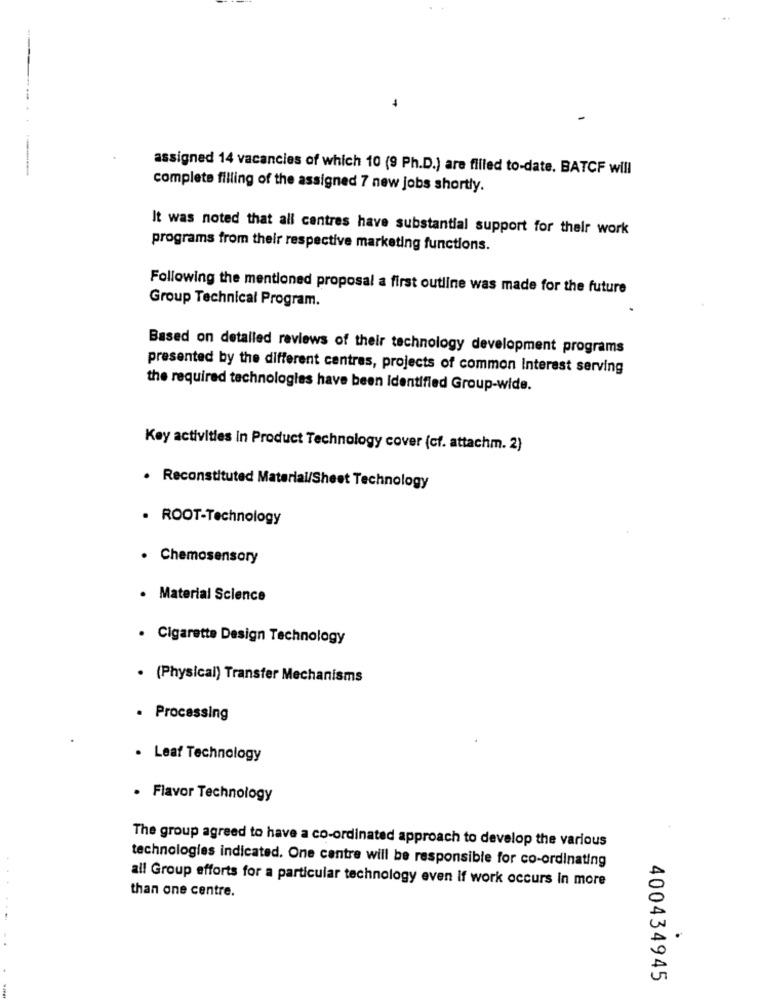
assigned 14 vacancies of which 10 (9 Ph.D.) are filled to-date. BATCF will
complete filling of the assigned 7 new jobs shortly.
It was noted that all centres have substantial support for their work
programs from their respective marketing functions.
Following the mentioned proposal a first outline was made for the future
Group Technical Program.
Based on detailed reviews of their technology development programs
presented by the different centres, projects of common Interest serving
the required technologies have been Identified Group-wide.
Key activities In Product Technology cover (cf. attachm. 2)
. Reconstituted Material/Sheet Technology
· ROOT-Technology
· Chemosensory
. Material Science
. Cigarette Design Technology
· (Physical) Transfer Mechanisms
· Processing
. Leaf Technology
· Flavor Technology
The group agreed to have a co-ordinated approach to develop the various
technologies indicated. One centre will be responsible for co-ordinating
all Group efforts for a particular technology even if work occurs in more
than one centre.
.
400434945